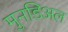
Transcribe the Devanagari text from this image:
मुनडिअल